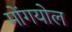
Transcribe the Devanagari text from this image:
मोंगयोल